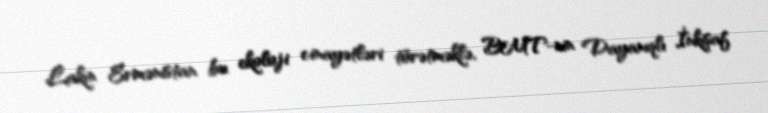
Lakin Ermənistan bu ekoloji cinayətləri törətməklə, BMT-nin Dayanıqlı İnkişaf